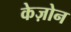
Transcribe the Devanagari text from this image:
केज़ोन